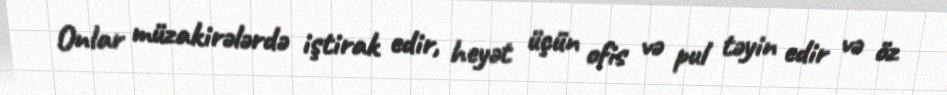
Onlar müzakirələrdə iştirak edir, heyət üçün ofis və pul təyin edir və öz